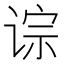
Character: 𫟡